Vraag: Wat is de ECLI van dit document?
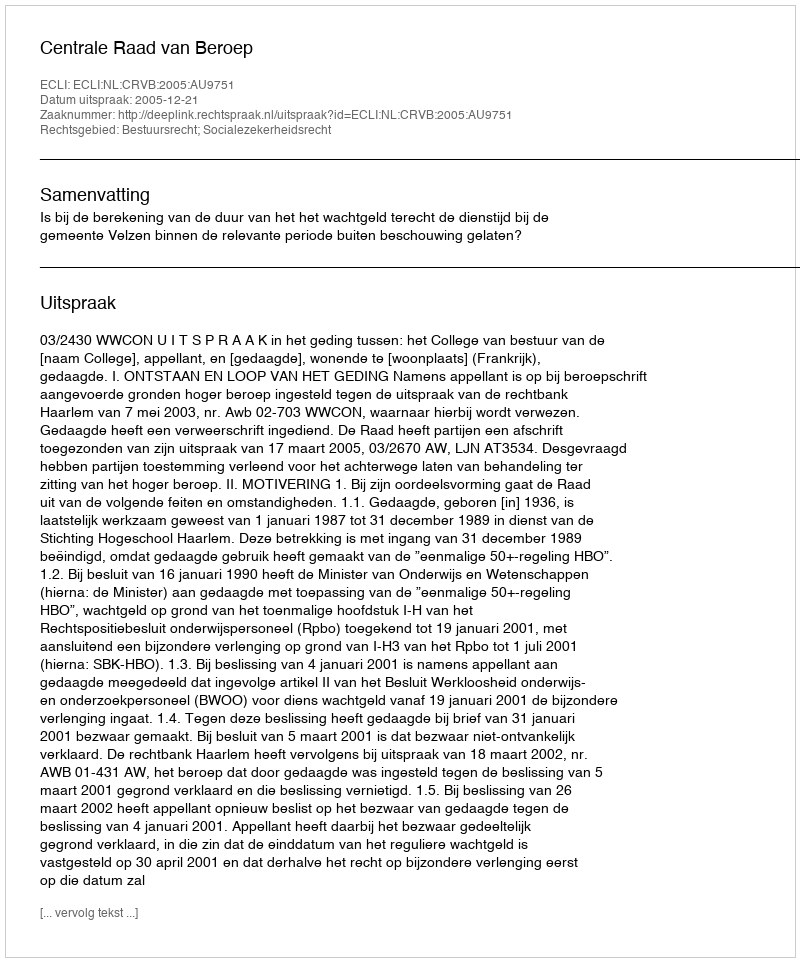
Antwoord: ECLI:NL:CRVB:2005:AU9751